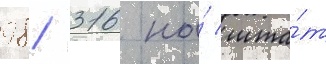
98/ 316 на́ шта́т